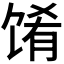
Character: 𬳁